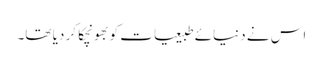
اس نے دنیائے طبیعیات کو بھونچکا کر دیا تھا۔